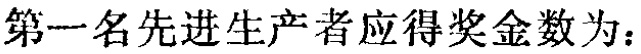
第一名先进生产者应得奖金数为：